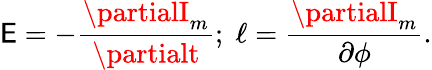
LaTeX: \mathsf{E}=-\frac{{\partialI_{m}}}{{\partialt}};\; \ell=\frac{{\partialI_{m}}}{{\partial\phi}}.